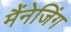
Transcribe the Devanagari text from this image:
मैंनेजिंग